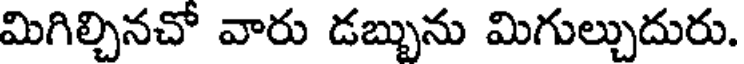
మిగిల్చినచో వారు డబ్బును మిగుల్చుదురు.